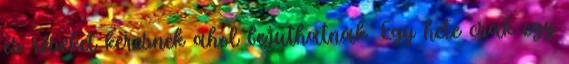
és réseket keresnek ahol bejuthatnak. Egy hete csak egy